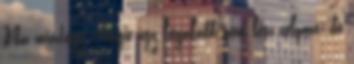
Na mindegy, Angie így legalább nem lesz célpont, de